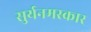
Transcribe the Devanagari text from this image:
सुर्यनमस्कार